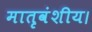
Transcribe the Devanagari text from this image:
मातृवंशीय।